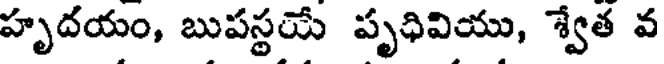
హృదయం, బుపస్థయే పృధివియు, శ్వేత వ